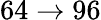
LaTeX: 64\to 96